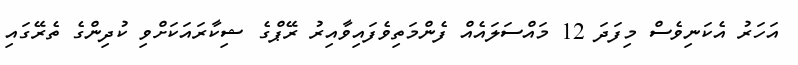
އަހަރު އެކަނިވެސް މިފަދަ 12 މައްސަލައެއް ފެންމަތިވެފައިވާއިރު ރޭޕްގެ ޝިކާރައަކަށްވި ކުދިންގެ ތެރޭގައި